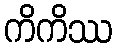
ကိကိဿ